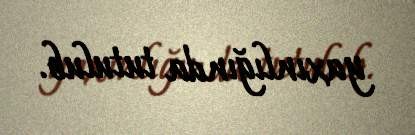
yaxınlığında tutulub.